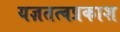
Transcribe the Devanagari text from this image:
यज्ञतत्वप्रकाश